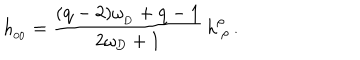
h _ { _ { 0 0 } } = { \frac { ( \mathrm { q - 2 } ) \omega _ { _ \mathrm { D } } + \mathrm { q - 1 } } { 2 \omega _ { \mathrm { D } } + 1 } } \, h _ { \ \rho } ^ { \rho } \, .